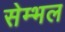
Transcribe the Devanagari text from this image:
सेम्भल